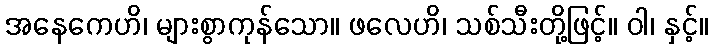
အနေကေဟိ၊ များစွာကုန်သော။ ဖလေဟိ၊ သစ်သီးတို့ဖြင့်။ ဝါ၊ နှင့်။